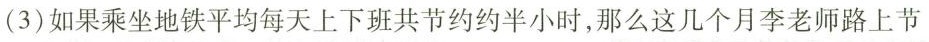
(3)如果乘坐地铁平均每天上下班共节约约半小时，那么这几个月李老师路上节